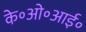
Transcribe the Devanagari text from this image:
के॰ओ॰आई॰